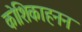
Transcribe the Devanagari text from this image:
कोशिकाहनन